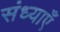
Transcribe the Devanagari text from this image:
संध्याएँ